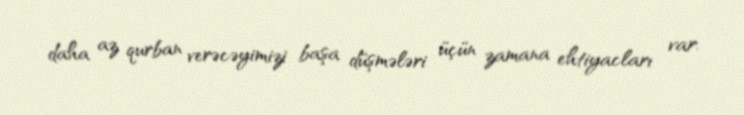
daha az qurban verəcəyimizi başa düşmələri üçün zamana ehtiyacları var.